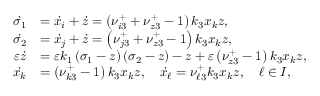
\begin{array} { r l } { \Dot { \sigma _ { 1 } } } & { = \Dot { x _ { i } } + \Dot { z } = \left( \nu _ { i 3 } ^ { + } + \nu _ { z 3 } ^ { + } - 1 \right) k _ { 3 } x _ { k } z , } \\ { \Dot { \sigma _ { 2 } } } & { = \Dot { x _ { j } } + \Dot { z } = \left( \nu _ { j 3 } ^ { + } + \nu _ { z 3 } ^ { + } - 1 \right) k _ { 3 } x _ { k } z , } \\ { \varepsilon \Dot { z } } & { = \varepsilon k _ { 1 } \left( \sigma _ { 1 } - z \right) \left( \sigma _ { 2 } - z \right) - z + \varepsilon \left( \nu _ { z 3 } ^ { + } - 1 \right) k _ { 3 } x _ { k } z , } \\ { \Dot { x _ { k } } } & { = \left( \nu _ { k 3 } ^ { + } - 1 \right) k _ { 3 } x _ { k } z , \quad \Dot { x _ { \ell } } = \nu _ { \ell 3 } ^ { + } k _ { 3 } x _ { k } z , \quad \ell \in I , } \end{array}